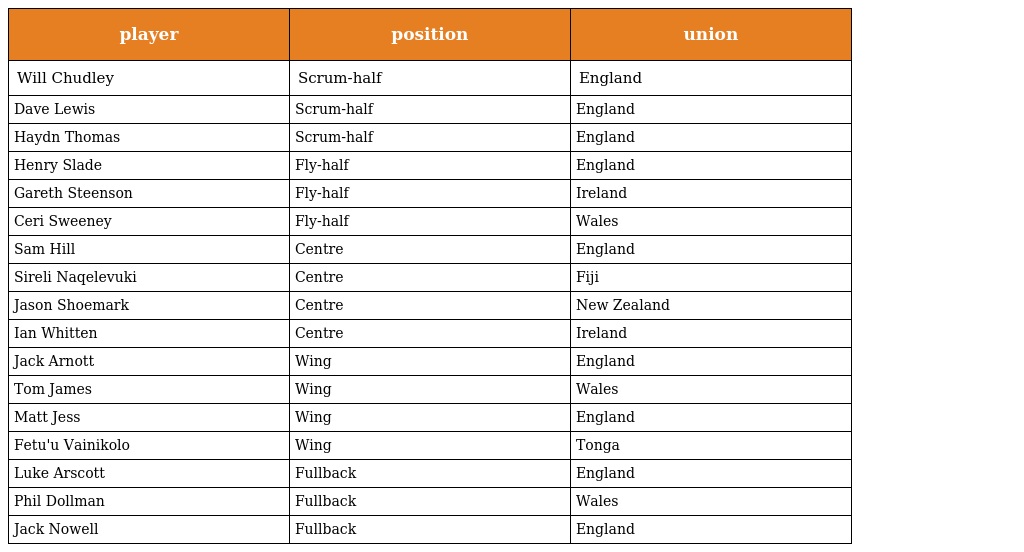
| player | position | union |
 | --- | --- | --- |
 | Will Chudley | Scrum-half | England |
 | Dave Lewis | Scrum-half | England |
 | Haydn Thomas | Scrum-half | England |
 | Henry Slade | Fly-half | England |
 | Gareth Steenson | Fly-half | Ireland |
 | Ceri Sweeney | Fly-half | Wales |
 | Sam Hill | Centre | England |
 | Sireli Naqelevuki | Centre | Fiji |
 | Jason Shoemark | Centre | New Zealand |
 | Ian Whitten | Centre | Ireland |
 | Jack Arnott | Wing | England |
 | Tom James | Wing | Wales |
 | Matt Jess | Wing | England |
 | Fetu'u Vainikolo | Wing | Tonga |
 | Luke Arscott | Fullback | England |
 | Phil Dollman | Fullback | Wales |
 | Jack Nowell | Fullback | England |